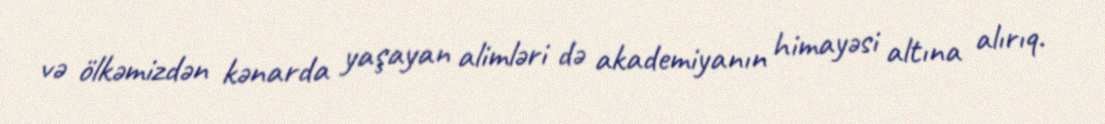
və ölkəmizdən kənarda yaşayan alimləri də akademiyanın himayəsi altına alırıq.